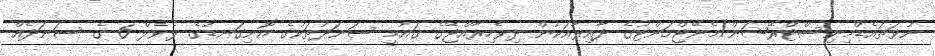
ނުވަތައެޑްމިނިސްޓްރޭޝަން/މެނޭޖްމަންޓުގެ ދާއިރާއަކުން ދިވެހިރާއްޖޭގެ ޤައުމީ ސަނަދުތަކުގެ އޮނިގަނޑުގެ ލެވެލް 6 ގެ ސަނަދެއް